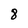
Character: 8